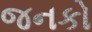
જનકો